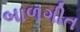
બાળગીત